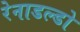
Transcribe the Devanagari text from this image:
रेनाडल्डो